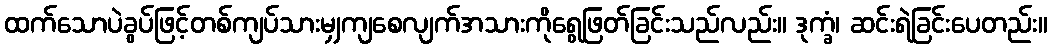
ထက်သောပဲခွပ်ဖြင့်တစ်ကျပ်သားမျှကျစေလျက်အသားကိုရွေဖြတ်ခြင်းသည်လည်း။ ဒုက္ခံ၊ ဆင်းရဲခြင်းပေတည်း။